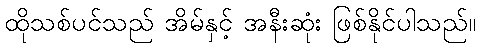
ထိုသစ်ပင်သည် အိမ်နှင့် အနီးဆုံး ဖြစ်နိုင်ပါသည်။